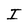
Character: I